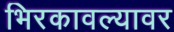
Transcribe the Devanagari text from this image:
भिरकावल्यावर